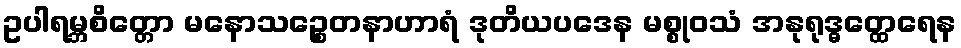
ဥပါရမ္ဘစိတ္တော မနောသဉ္စေတနာဟာရံ ဒုတိယပဒေန မစ္စုဝသံ အနုရုဒ္ဓတ္ထေရေန